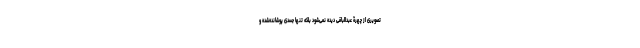
تصویری از چهرۀ عبدالباقی دیده نمی‌شود بلکه تنها جسدی پوشانده‌شده و